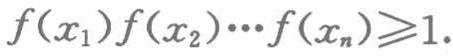
\[f(x_1)f(x_2)\cdots f(x_n)\geqslant1.\]